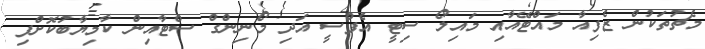
މެޗުތަކުން ޒެފިއާ މައްޓޭއާއި މައިލޯ ސިޓީ އެފްސީ އަދި މޯނިންގް ސްޓާއިން ކާމިޔާބުކޮށްފި